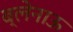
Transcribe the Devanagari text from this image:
ब्लेनाऊ